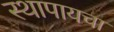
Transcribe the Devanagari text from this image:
स्थापायचा